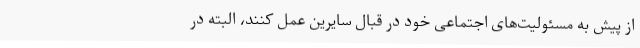
از پیش به مسئولیت‌های اجتماعی خود در قبال سایرین عمل کنند، البته در